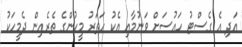
އަދި އެ ގެސްޓު ހައުސަށް ވަނުމާއި އެކު ހަތަރު މީހުންގެ ތެރެއިން ދެމީހަކު